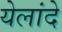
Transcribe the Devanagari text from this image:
येलांदे